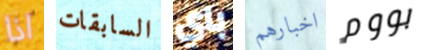
اذا السابقات باي اخبارهم بووم